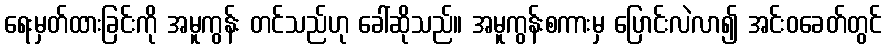
ရေးမှတ်ထားခြင်းကို အမူကွန်း တင်သည်ဟု ခေါ်ဆိုသည်။ အမူကွန်းစကားမှ ပြောင်းလဲလာ၍ အင်းဝခေတ်တွင်